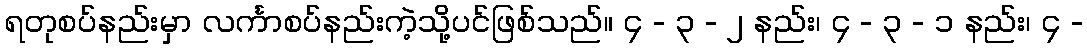
ရတုစပ်နည်းမှာ လင်္ကာစပ်နည်းကဲ့သို့ပင်ဖြစ်သည်။ ၄ - ၃ - ၂ နည်း၊ ၄ - ၃ - ၁ နည်း၊ ၄ -